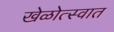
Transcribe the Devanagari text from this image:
खेळोत्स्वात